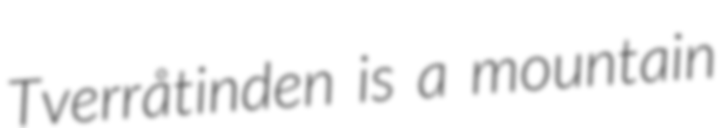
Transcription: Tverråtinden is a mountain